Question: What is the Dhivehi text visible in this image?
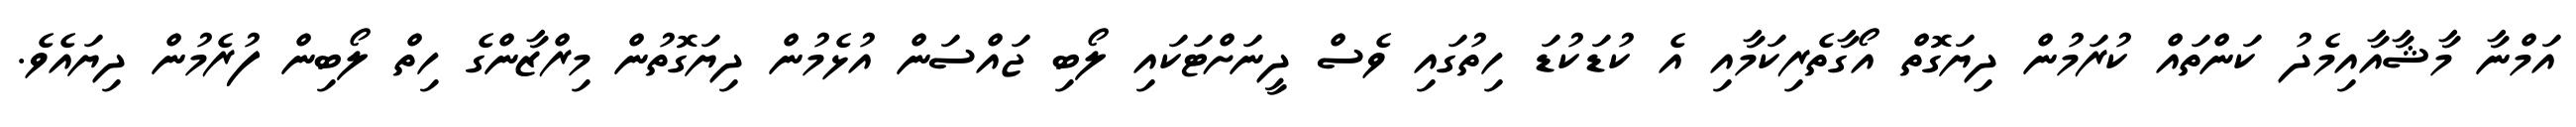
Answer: އަމްނާ މާޝާއާއިމެދު ކަންތައް ކުރަމުން ދިޔަގޮތް އޯގާތެރިކަމާއި އެ ކުޑަކުޑަ ހިތުގައި ވެސް ދީނަށްޓަކައި ލޯބި ޖައްސަން އުޅެމުން ދިޔަގޮތުން މިރްޒާންގެ ހިތް ލޯބިން ފުރެމުން ދިޔައެވެ.